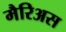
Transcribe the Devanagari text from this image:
मैरिअस